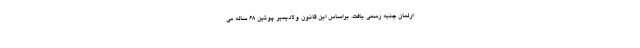
ارلمان جنبه رسمی یافت. براساس این قانون ولادیمیر پوتین ۶۸ ساله می